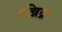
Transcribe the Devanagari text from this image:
उन्निद्रा